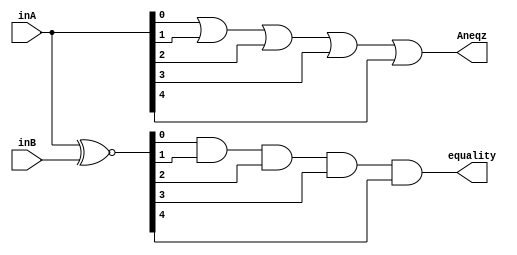
module eqCheck(Aneqz, equality, inA, inB);
    input [4:0] inA, inB;
    output Aneqz, equality;
    wire [4:0] AeqB;
    assign AeqB = inA ~^ inB;
    and isEq(equality, AeqB[0],AeqB[1],AeqB[2],AeqB[3],AeqB[4]);
    or isEqz(Aneqz, inA[0],inA[1],inA[2],inA[3],inA[4]);
endmodule